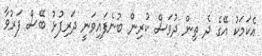
އެކަމަކު އޭގެ ދެ ތިން ދުވަސް ކުރިން ބުނެފައިވަނީ ދަރިފުޅު ބޭސް ފަރުވާ